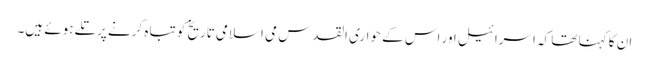
ان کا کہنا تھا کہ اسرائیل اور اس کے حواری القدس می اسلامی تاریخ کو تباہ کرنے پرتلے ہوئے ہیں۔